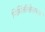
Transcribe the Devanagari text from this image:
निर्मितीक्षेत्राच्या